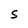
Character: S